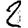
Digit: 2